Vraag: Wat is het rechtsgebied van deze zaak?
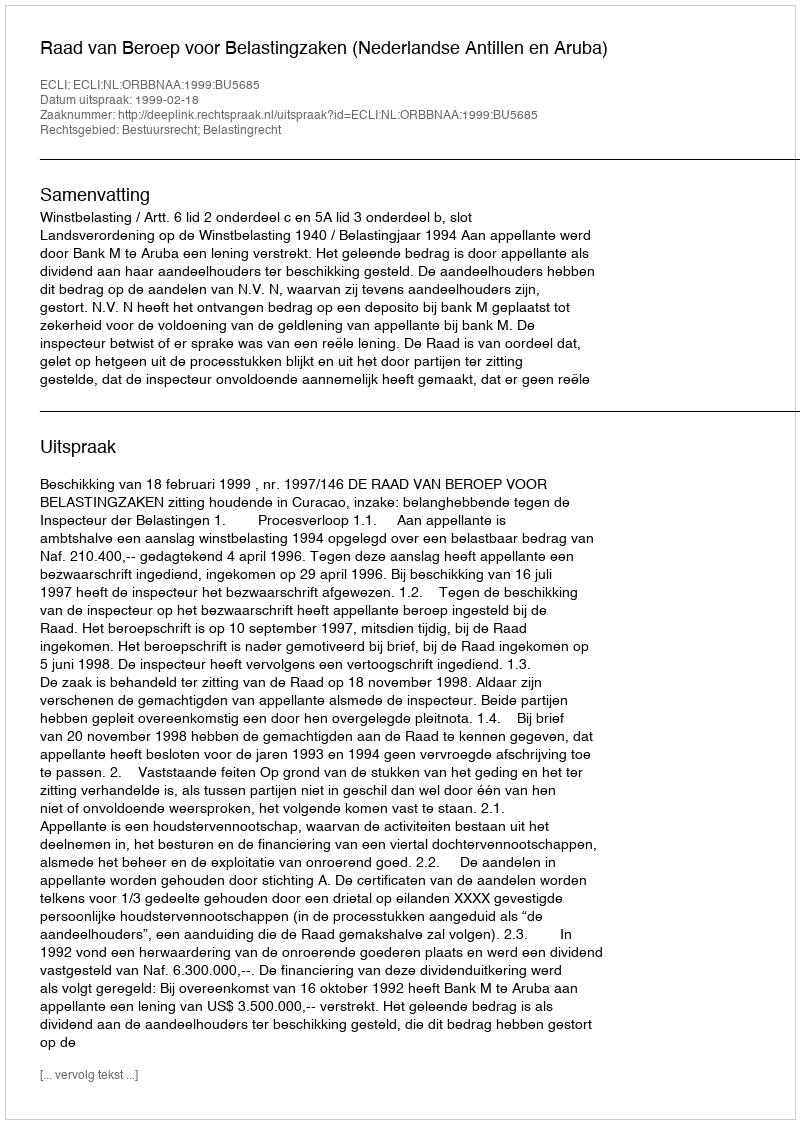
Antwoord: Bestuursrecht; Belastingrecht